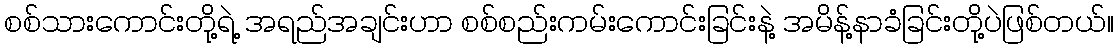
စစ်သားကောင်းတို့ရဲ့ အရည်အချင်းဟာ စစ်စည်းကမ်းကောင်းခြင်းနဲ့ အမိန့်နာခံခြင်းတို့ပဲဖြစ်တယ်။